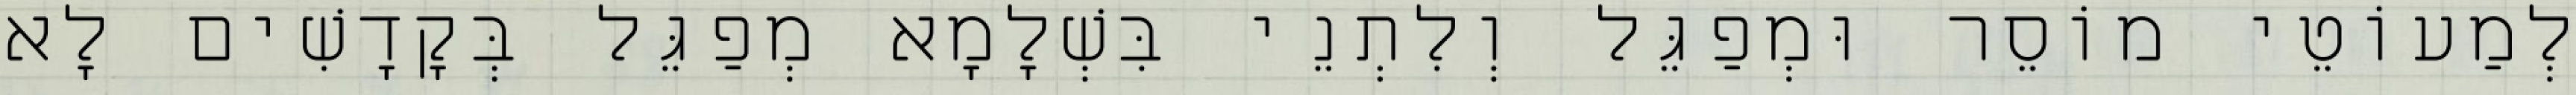
לְמַעוֹטֵי מוֹסֵר וּמְפַגֵּל וְלִתְנֵי בִּשְׁלָמָא מְפַגֵּל בְּקָדָשִׁים לָא